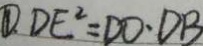
\textcircled { 1 } D E ^ { 2 } = D O \cdot D B